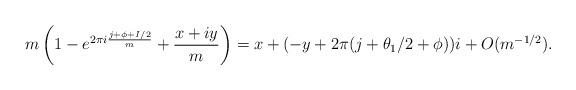
LaTeX: \begin{align*}m \left( 1 - e^{ 2 \pi i \frac{ j + \phi+ I /2}{m} } + \frac{ x + iy}{m} \right) = x + (-y + 2\pi( j + \theta_1/2 + \phi) )i + O(m^{-1/2}).\end{align*}